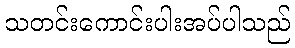
သတင်းကောင်းပါးအပ်ပါသည်